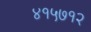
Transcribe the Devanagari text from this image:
४१५७१२